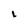
Character: L